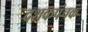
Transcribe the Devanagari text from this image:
दशकपंचक